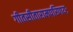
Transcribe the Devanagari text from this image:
गीतसीतारामपरिणयः